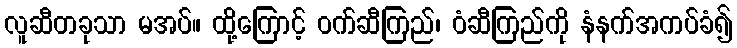
လူဆီတခုသာ မအပ်။ ထို့ကြောင့် ဝက်ဆီကြည်၊ ဝံဆီကြည်ကို နံနက်အကပ်ခံ၍